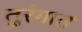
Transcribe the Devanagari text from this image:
तुरंगात